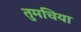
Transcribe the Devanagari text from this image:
तुमचिया